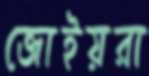
জোইয়রা